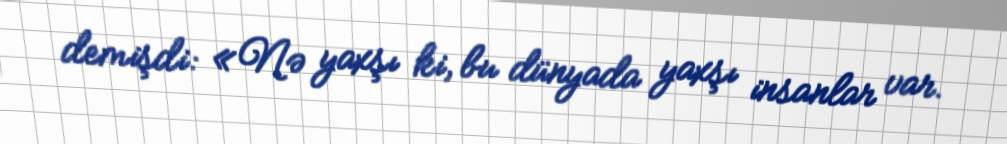
demişdi: «Nə yaxşı ki, bu dünyada yaxşı insanlar var.